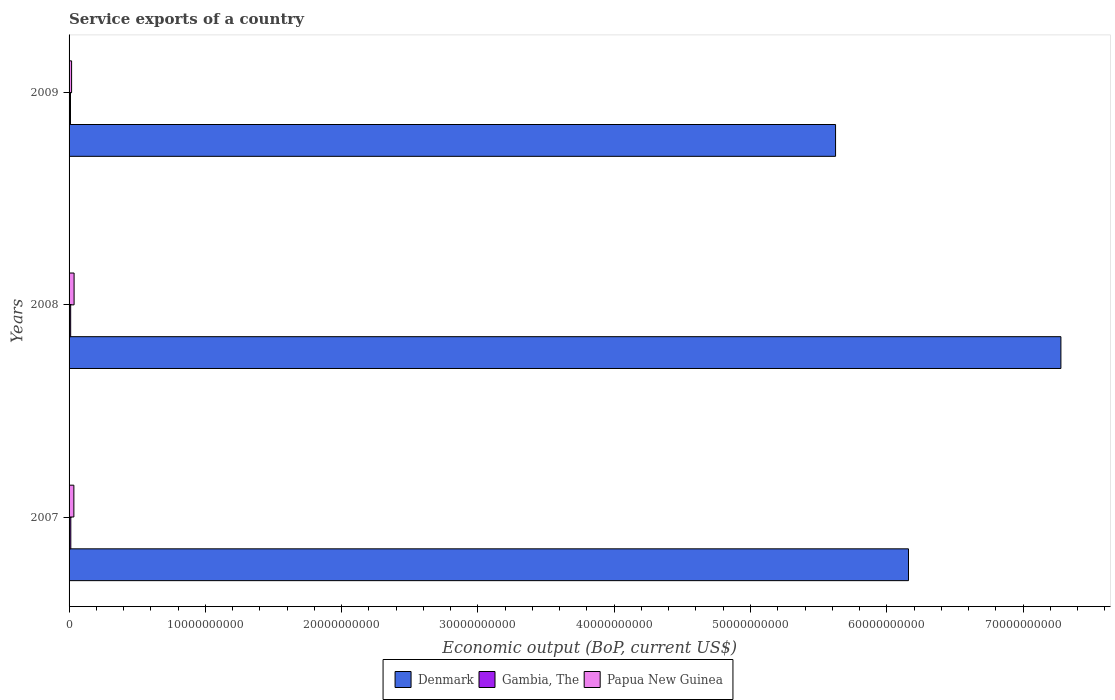
| Years | Denmark | Gambia, The | Papua New Guinea |
 | --- | --- | --- | --- |
 | 2007 | 6.16e+10 | 1.28e+08 | 3.53e+08 |
 | 2008 | 7.28e+10 | 1.18e+08 | 3.69e+08 |
 | 2009 | 5.62e+10 | 1.04e+08 | 1.85e+08 |